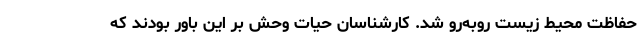
حفاظت محیط زیست روبه‌رو شد. کارشناسان حیات وحش بر این باور بودند که